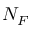
N _ { F }